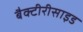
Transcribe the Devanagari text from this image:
बैक्टीरीसाइड